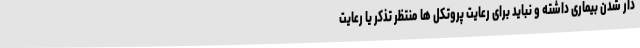
دار شدن بیماری داشته و نباید برای رعایت پروتکل ها منتظر تذکر یا رعایت